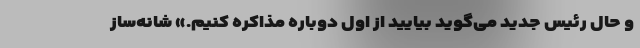
و حال رئیس جدید می‌گوید بیایید از اول دوباره مذاکره کنیم.» شانه‌ساز